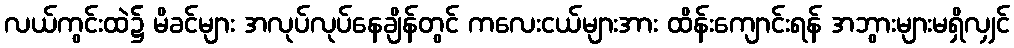
လယ်ကွင်းထဲ၌ မိခင်များ အလုပ်လုပ်နေချိန်တွင် ကလေးငယ်များအား ထိန်းကျောင်းရန် အဘွားများမရှိလျှင်